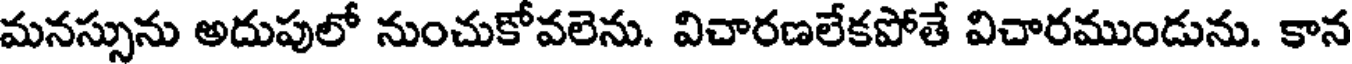
మనస్సును అదుపులో నుంచుకోవలెను. విచారణలేకపోతే విచారముండును. కాన